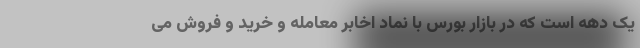
یک دهه است که در بازار بورس با نماد اخابر معامله و خرید و فروش می